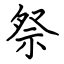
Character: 祭